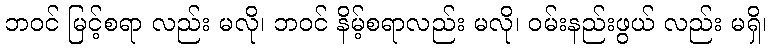
ဘဝင် မြင့်စရာ လည်း မလို၊ ဘဝင် နိမ့်စရာလည်း မလို၊ ဝမ်းနည်းဖွယ် လည်း မရှိ၊